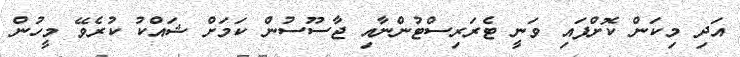
އަދި މިކަން ކޮށްފައި ވަނީ ޓެރަރިސްޓުންނާއި ޖާސޫސުން ކަމަށް ޝައްކު ކުރެވޭ މީހުން